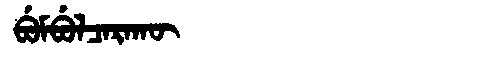
Manchu: ᠪᡠᠮᠪᡠᠯᠴᠠᡵᠠᡴᡡ
Romanization: BUMBULCARAKŪ